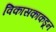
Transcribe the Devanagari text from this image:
विकासकाकडून